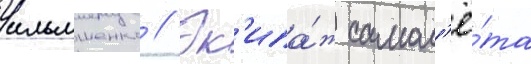
ильяшенко // Эк'ипа́ж самол'ё́та